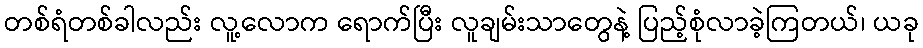
တစ်ရံတစ်ခါလည်း လူ့လောက ရောက်ပြီး လူချမ်းသာတွေနဲ့ ပြည့်စုံလာခဲ့ကြတယ်၊ ယခု